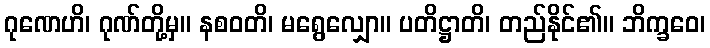
ဂုဏေဟိ၊ ဂုဏ်တို့မှ။ နစဝတိ၊ မရွေလျှော။ ပတိဋ္ဌာတိ၊ တည်နိုင်၏။ ဘိက္ခဝေ၊